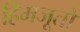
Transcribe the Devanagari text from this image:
हिमजूतों